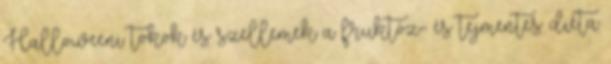
Halloweeni tökök és szellemek a fruktóz- és tejmentes diéta